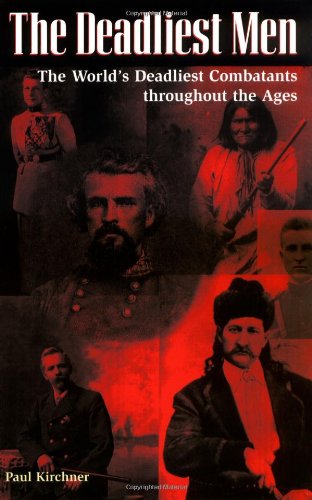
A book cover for The Deadliest Men: The World's Deadliest Combatants Throughout the Ages; Paul Kirchner; Biographies & Memoirs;